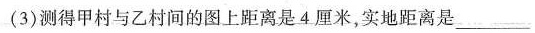
(3)测得甲村与乙村间的图上距离是4厘米，实地距离是___